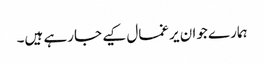
ہمارے جوان یرغمال کیے جارہے ہیں۔